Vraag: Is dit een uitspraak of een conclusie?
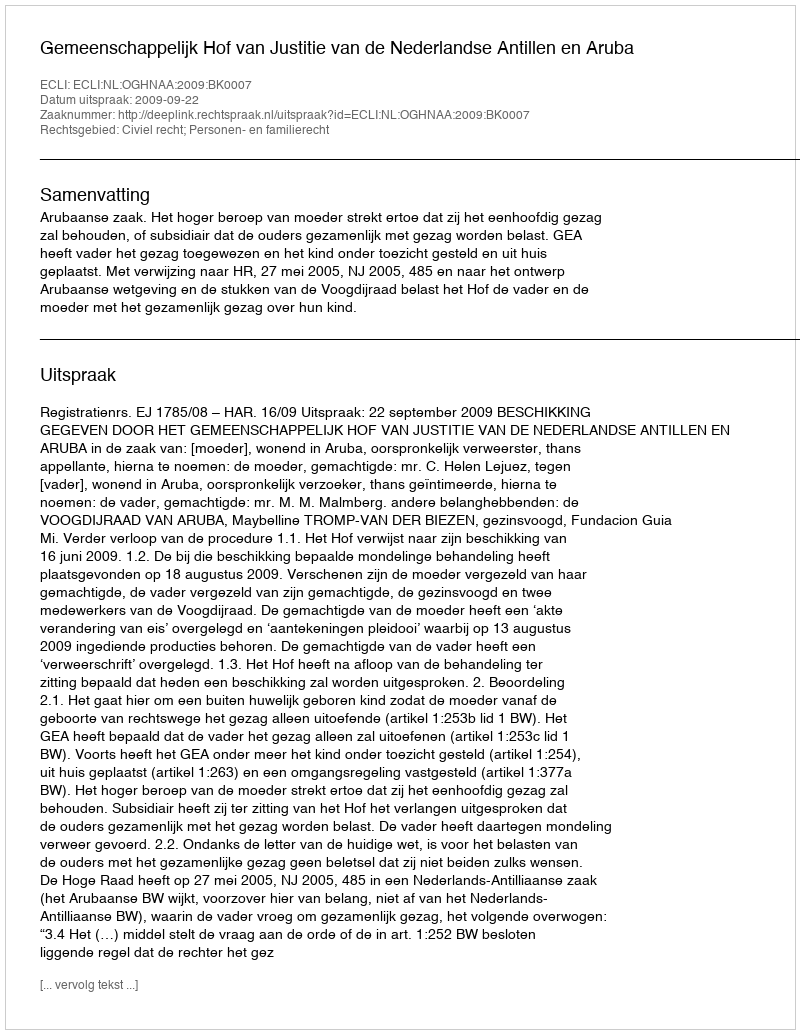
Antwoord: Uitspraak